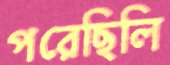
পরেছিলি